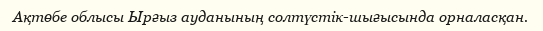
Ақтөбе облысы Ырғыз ауданының солтүстік-шығысында орналасқан.